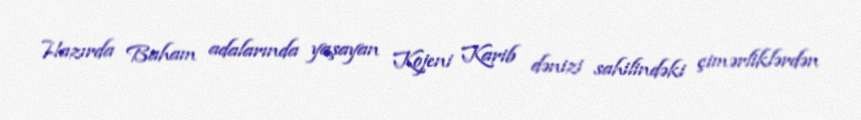
Hazırda Baham adalarında yaşayan Kojeni Karib dənizi sahilindəki çimərliklərdən